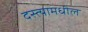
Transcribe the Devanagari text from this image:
दस्त्यामधील